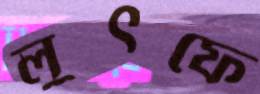
লুৎফে